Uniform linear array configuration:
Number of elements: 4
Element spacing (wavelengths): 0.25
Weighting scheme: hamming
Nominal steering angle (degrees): -30
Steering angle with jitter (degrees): -30.208
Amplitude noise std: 0.05
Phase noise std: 0.05

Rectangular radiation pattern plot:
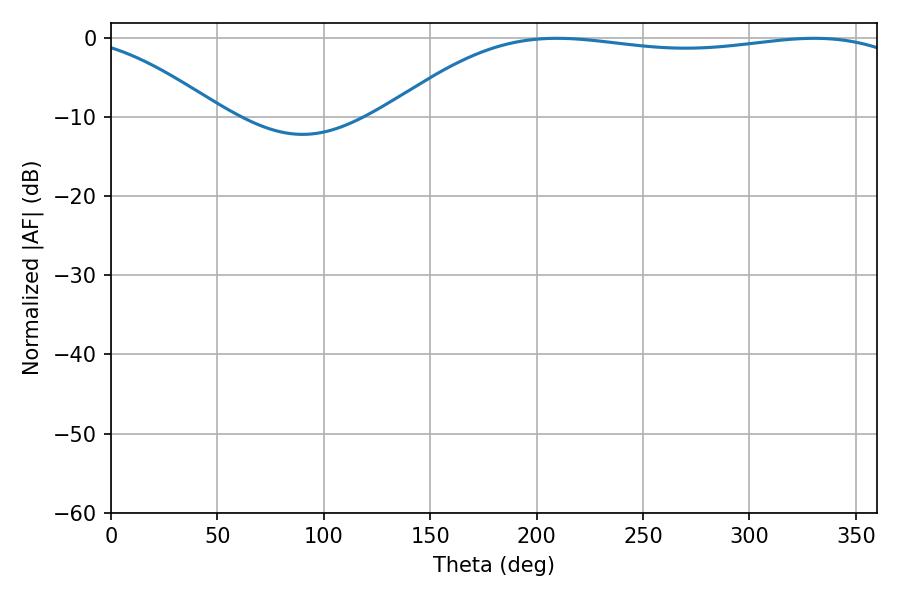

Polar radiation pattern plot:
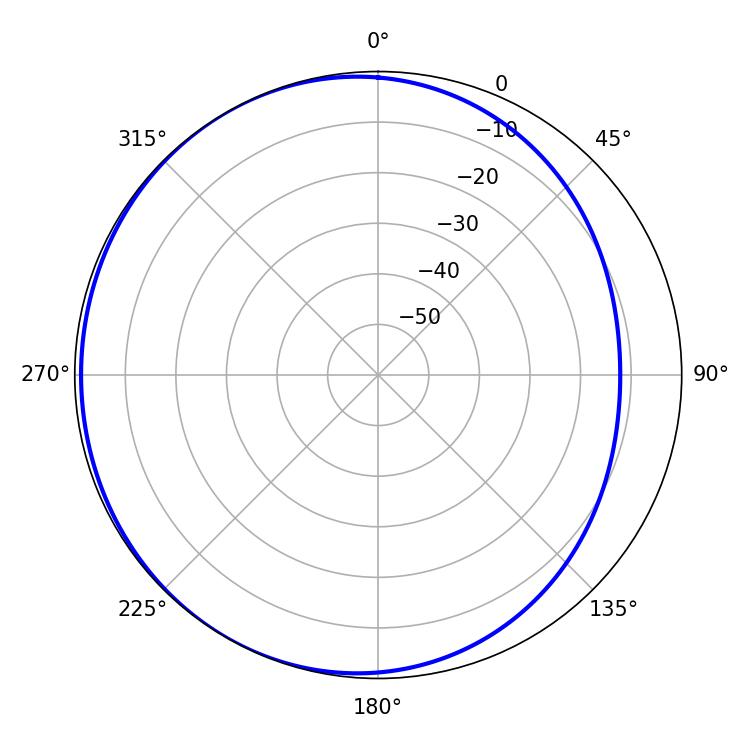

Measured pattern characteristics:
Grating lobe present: FALSE
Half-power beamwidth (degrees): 196.56
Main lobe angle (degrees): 209.52